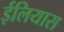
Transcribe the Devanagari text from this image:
ईलियास